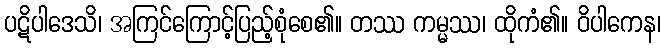
ပဋိပါဒေသိ၊ အကြင်ကြောင့်ပြည့်စုံစေ၏။ တဿ ကမ္မဿ၊ ထိုကံ၏။ ဝိပါကေန၊